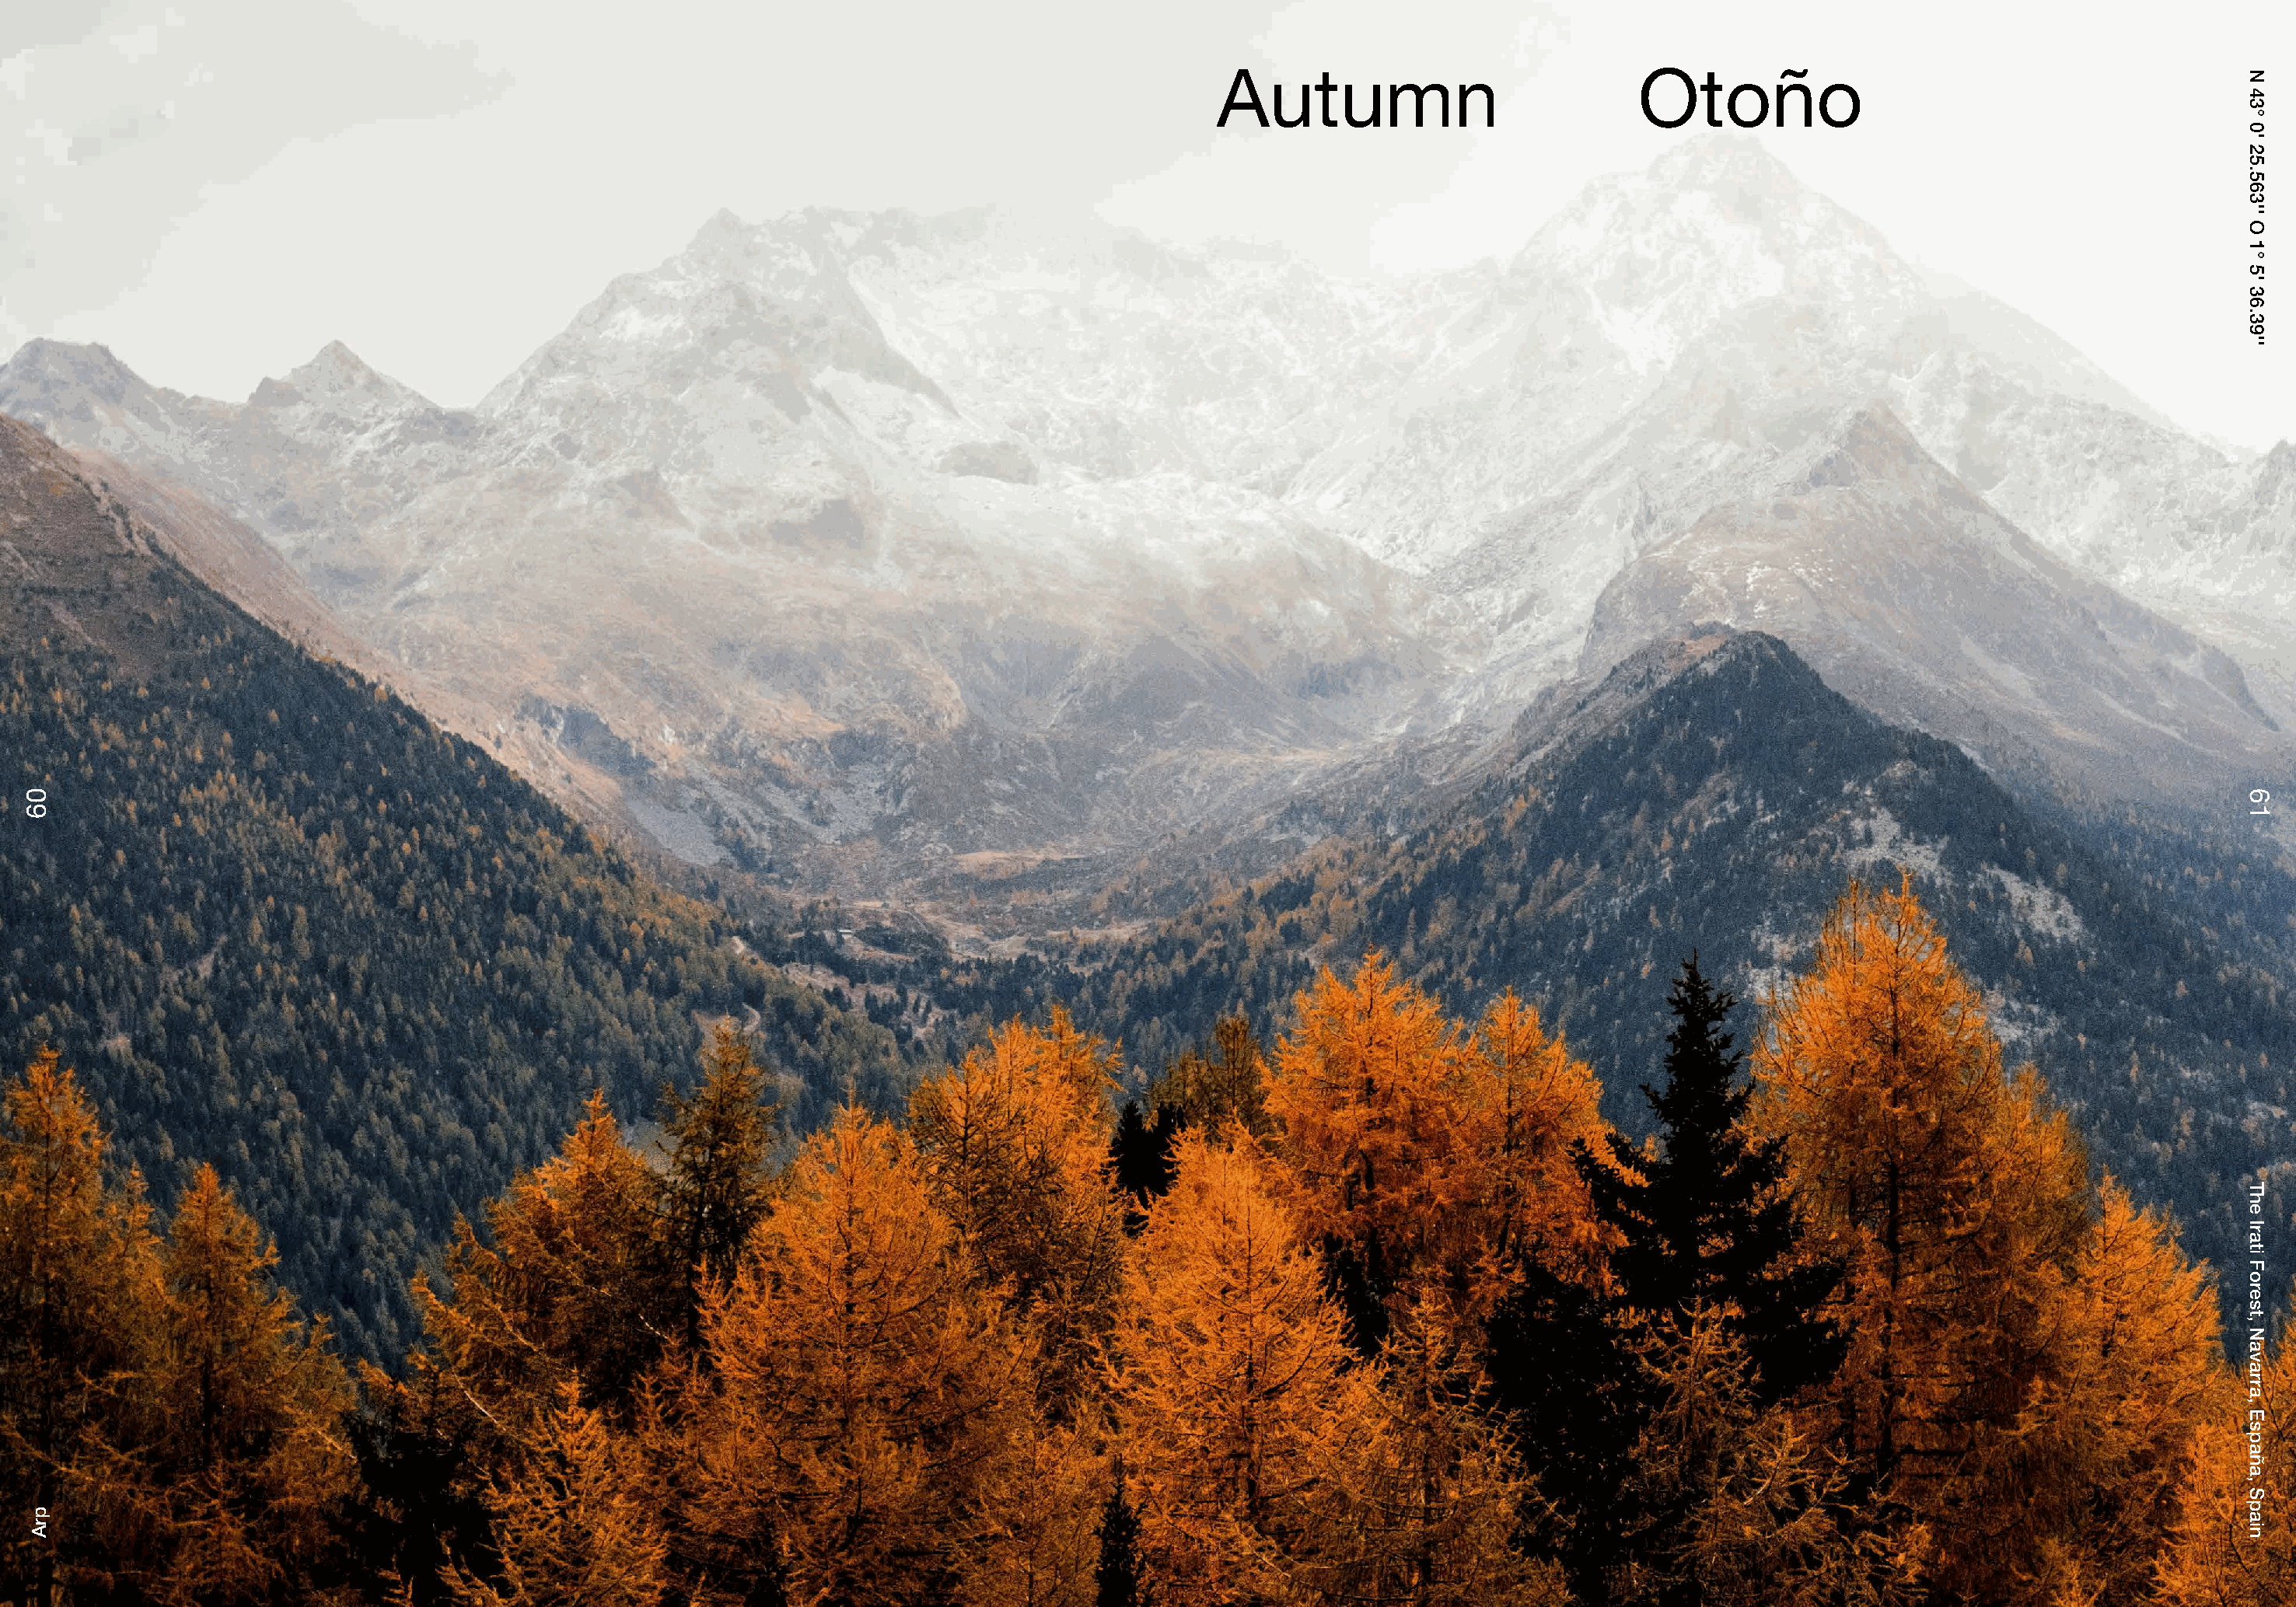
Autumn                             Otoño
 06
 prA
 N
 43°
 0'
 25.563''
 O
 1°
 5'
 36.39''
 61
 The
 Irati
 Forest,
 Navarra,
 España,
 Spain